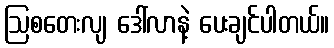
ဩစတေးလျ ဒေါ်လာနဲ့ ပေးချင်ပါတယ်။